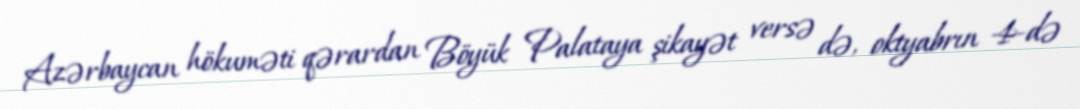
Azərbaycan hökuməti qərardan Böyük Palataya şikayət versə də, oktyabrın 4-də